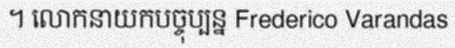
។ លោកនាយកបច្ចុប្បន្ន Frederico Varandas